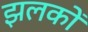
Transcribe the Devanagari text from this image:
झलकों